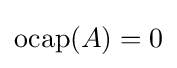
\operatorname {ocap} (A)=0